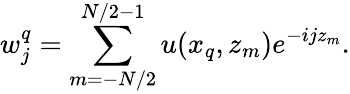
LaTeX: w_{j}^{q}=\sum_{m=-N/2}^{N/2-1}u(x_{q},z_{m})e^{-ijz_{m}}.